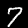
Label: 7